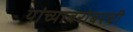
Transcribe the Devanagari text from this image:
यांच्याबरोबरची